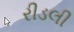
રીડલી